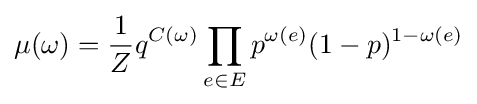
\mu (\omega )={\frac {1}{Z}}q^{C(\omega )}\prod _{e\in E}p^{\omega (e)}(1-p)^{1-\omega (e)}